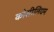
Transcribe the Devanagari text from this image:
कोसीलियम